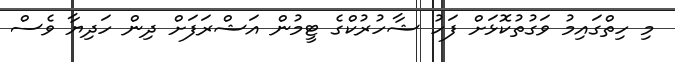
މި ހިތްގައިމު ވަގުތުކޮޅަށް ފަހު ޝާހުރުކްގެ ޓީމުން އަޝްރަފަށް ދިން ހަދިޔާ ވެސް